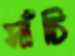
সাঁচি